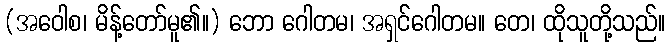
(အဝေါစ၊ မိန့်တော်မူ၏။) ဘော ဂေါတမ၊ အရှင်ဂေါတမ။ တေ၊ ထိုသူတို့သည်။